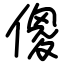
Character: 傻